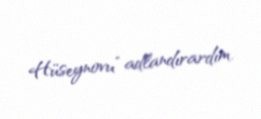
Hüseynovu” adlandırardım.